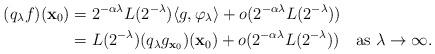
LaTeX: \begin{align*}(q_{\lambda}f)(\mathbf{x}_{0})&= 2^{-\alpha \lambda}L(2^{-\lambda})\langle g,\varphi_{\lambda }\rangle+o(2^{-\alpha \lambda} L(2^{-\lambda}))\\& =L(2^{-\lambda})(q_{\lambda}g_{\mathbf{x}_{0}})(\mathbf{x}_{0})+o(2^{-\alpha \lambda} L(2^{-\lambda})) \ \ \ \mbox{as }\lambda\to\infty.\end{align*}